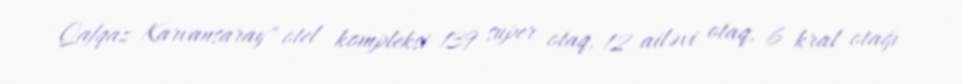
Qafqaz Karvansaray" otel kompleksi 139 super otaq, 12 ailəvi otaq, 6 kral otağı